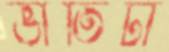
ভীতিটা